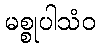
မစ္စုပါသံဝ